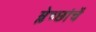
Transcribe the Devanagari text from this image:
म्लेच्छांचें